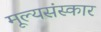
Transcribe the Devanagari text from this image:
मूल्यसंस्कार